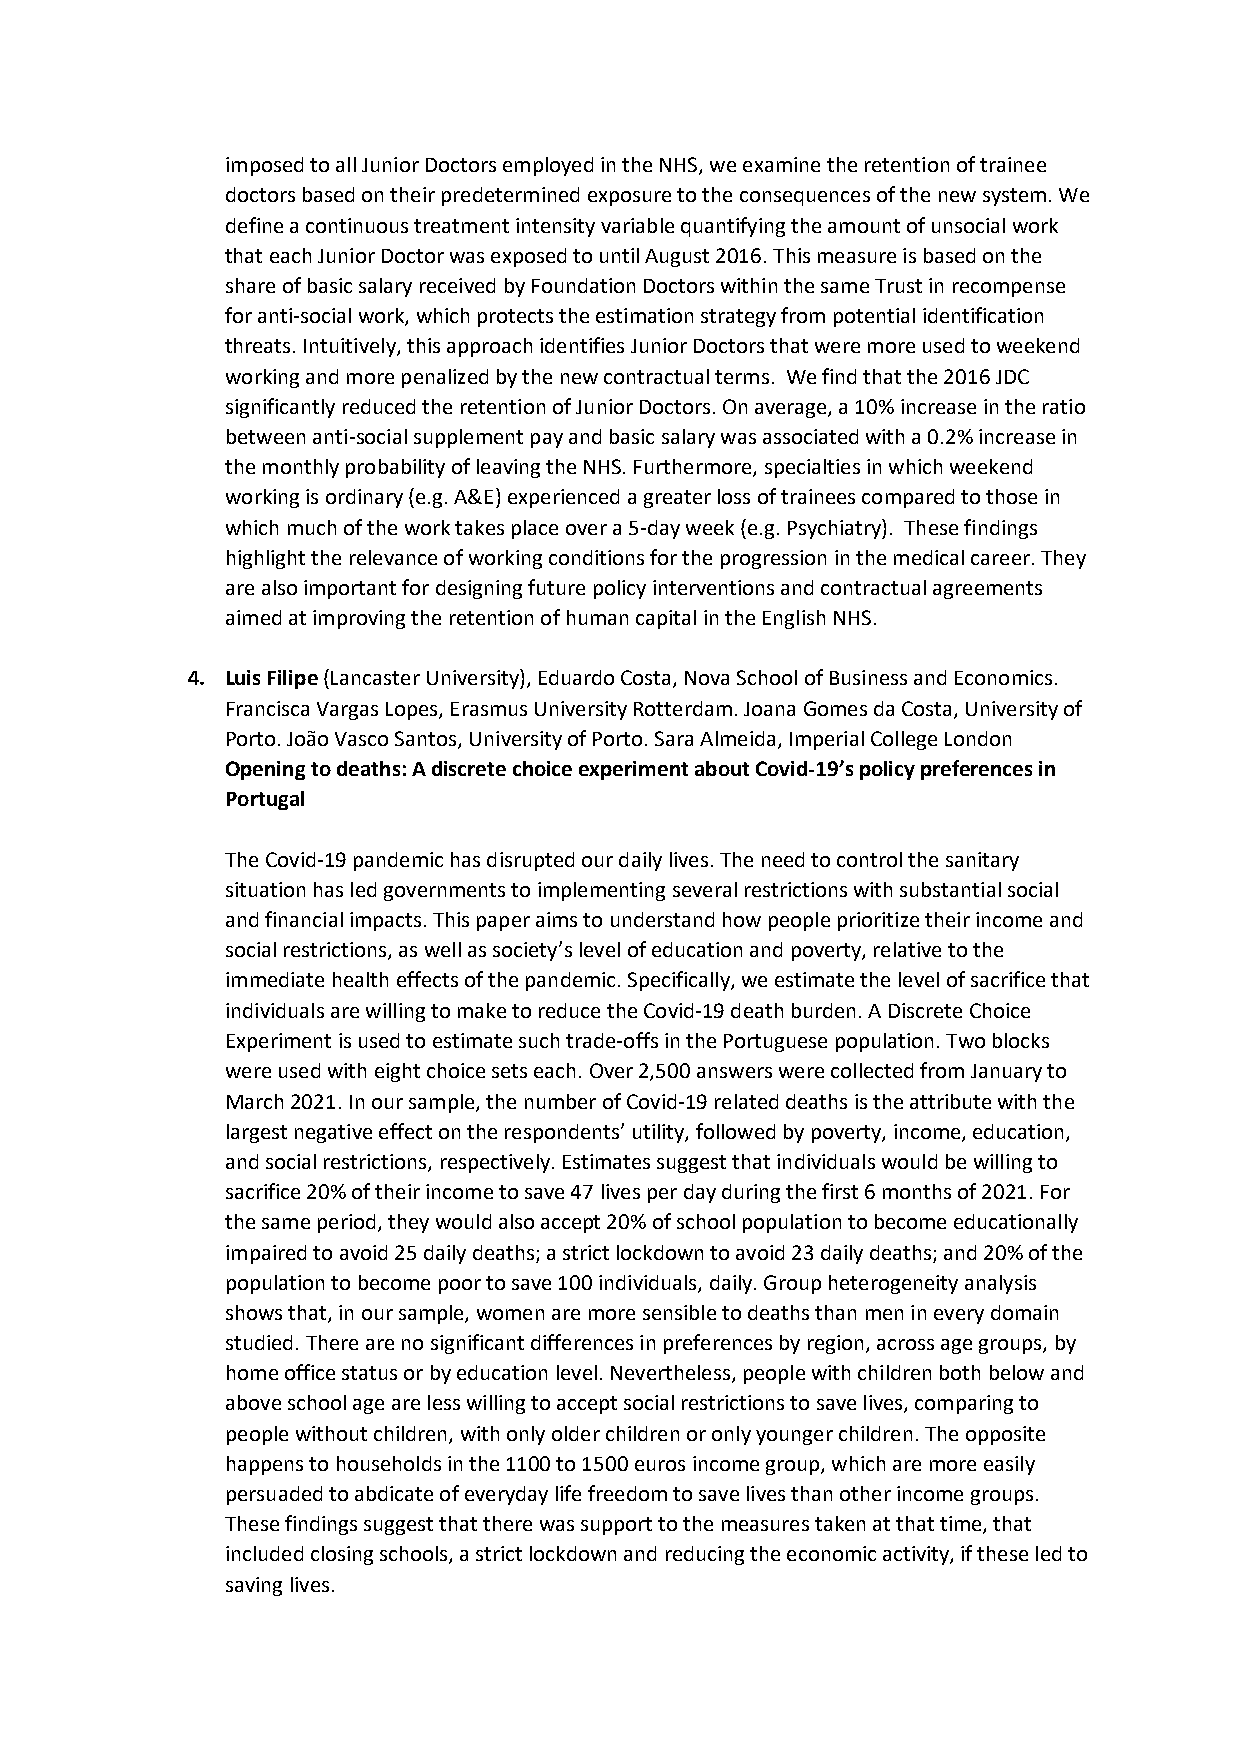
imposed to all Junior Doctors employed in the NHS, we examine the retention of trainee
 doctors based on their predetermined exposure to the consequences of the new system. We
 define a continuous treatment intensity variable quantifying the amount of unsocial work
 that each Junior Doctor was exposed to until August 2016. This measure is based on the
 share of basic salary received by Foundation Doctors within the same Trust in recompense
 for anti-social work, which protects the estimation strategy from potential identification
 threats. Intuitively, this approach identifies Junior Doctors that were more used to weekend
 working and more penalized by the new contractual terms. We find that the 2016 JDC
 significantly reduced the retention of Junior Doctors. On average, a 10% increase in the ratio
 between anti-social supplement pay and basic salary was associated with a 0.2% increase in
 the monthly probability of leaving the NHS. Furthermore, specialties in which weekend
 working is ordinary (e.g. A&E) experienced a greater loss of trainees compared to those in
 which much of the work takes place over a 5-day week (e.g. Psychiatry). These findings
 highlight the relevance of working conditions for the progression in the medical career. They
 are also important for designing future policy interventions and contractual agreements
 aimed at improving the retention of human capital in the English NHS.
 4. Luis Filipe (Lancaster University), Eduardo Costa, Nova School of Business and Economics.
 Francisca Vargas Lopes, Erasmus University Rotterdam. Joana Gomes da Costa, University of
 Porto. João Vasco Santos, University of Porto. Sara Almeida, Imperial College London
 Opening to deaths: A discrete choice experiment about Covid-19’s policy preferences in
 Portugal
 The Covid-19 pandemic has disrupted our daily lives. The need to control the sanitary
 situation has led governments to implementing several restrictions with substantial social
 and financial impacts. This paper aims to understand how people prioritize their income and
 social restrictions, as well as society’s level of education and poverty, relative to the
 immediate health effects of the pandemic. Specifically, we estimate the level of sacrifice that
 individuals are willing to make to reduce the Covid-19 death burden. A Discrete Choice
 Experiment is used to estimate such trade-offs in the Portuguese population. Two blocks
 were used with eight choice sets each. Over 2,500 answers were collected from January to
 March 2021. In our sample, the number of Covid-19 related deaths is the attribute with the
 largest negative effect on the respondents’ utility, followed by poverty, income, education,
 and social restrictions, respectively. Estimates suggest that individuals would be willing to
 sacrifice 20% of their income to save 47 lives per day during the first 6 months of 2021. For
 the same period, they would also accept 20% of school population to become educationally
 impaired to avoid 25 daily deaths; a strict lockdown to avoid 23 daily deaths; and 20% of the
 population to become poor to save 100 individuals, daily. Group heterogeneity analysis
 shows that, in our sample, women are more sensible to deaths than men in every domain
 studied. There are no significant differences in preferences by region, across age groups, by
 home office status or by education level. Nevertheless, people with children both below and
 above school age are less willing to accept social restrictions to save lives, comparing to
 people without children, with only older children or only younger children. The opposite
 happens to households in the 1100 to 1500 euros income group, which are more easily
 persuaded to abdicate of everyday life freedom to save lives than other income groups.
 These findings suggest that there was support to the measures taken at that time, that
 included closing schools, a strict lockdown and reducing the economic activity, if these led to
 saving lives.